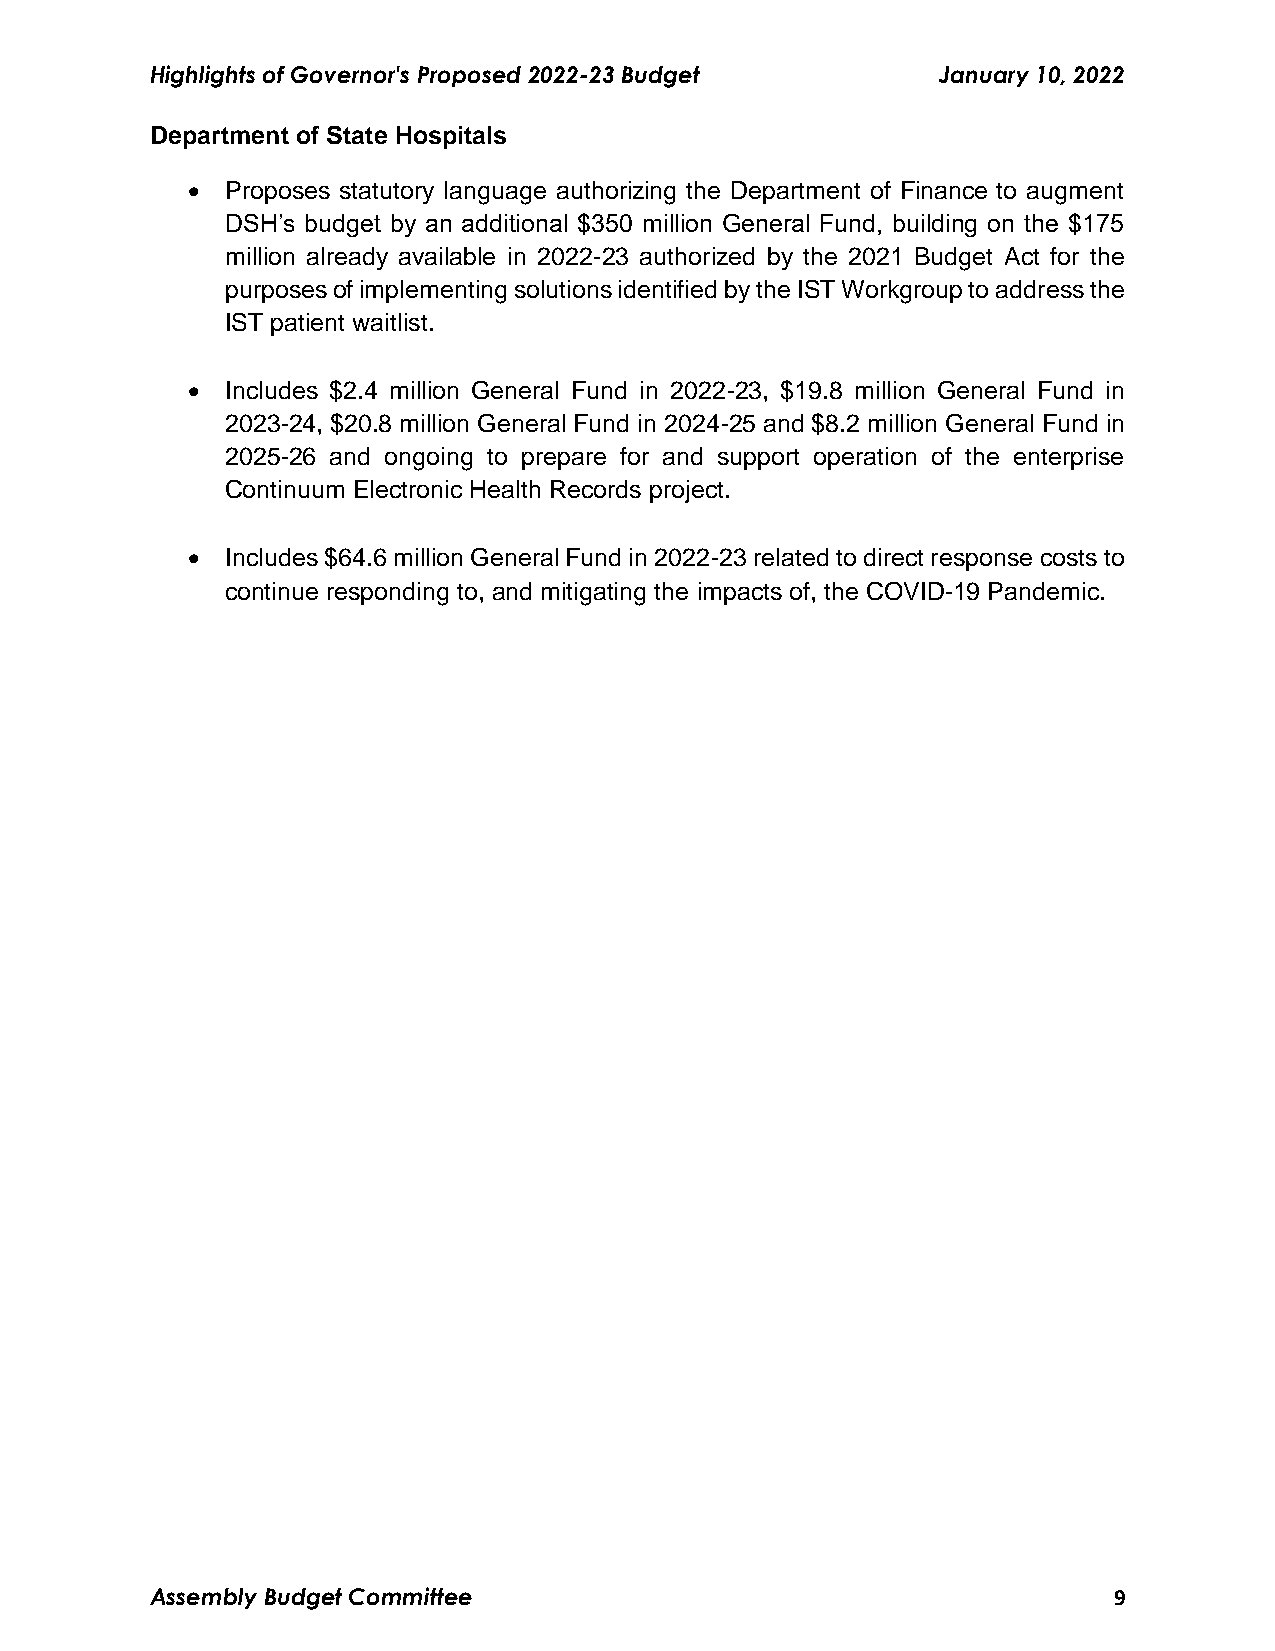
Highlights of Governor's Proposed 2022-23 Budget    January 10, 2022
 Department of State Hospitals
   Proposes statutory language authorizing the Department of Finance to augment
 DSH’s budget by an additional $350 million General Fund, building on the $175
 million already available in 2022-23 authorized by the 2021 Budget Act for the
 purposes of implementing solutions identified by the IST Workgroup to address the
 IST patient waitlist.
   Includes $2.4 million General Fund in 2022-23, $19.8 million General Fund in
 2023-24, $20.8 million General Fund in 2024-25 and $8.2 million General Fund in
 2025-26 and ongoing to prepare for and support operation of the enterprise
 Continuum Electronic Health Records project.
   Includes $64.6 million General Fund in 2022-23 related to direct response costs to
 continue responding to, and mitigating the impacts of, the COVID-19 Pandemic.
 Assembly Budget Committee                                       9